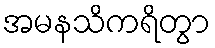
အမနသိကရိတွာ